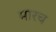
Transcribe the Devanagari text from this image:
मारच